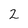
Character: 2